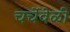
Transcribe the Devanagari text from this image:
चर्चेवेळी